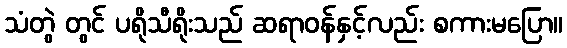
သံတွဲ တွင် ပရိုသီရိုးသည် ဆရာဝန်နှင့်လည်း စကားမပြော။